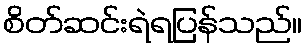
စိတ်ဆင်းရဲရပြန်သည်။